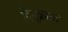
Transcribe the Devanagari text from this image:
दिमूक्राता